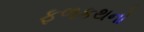
ફળકથનો